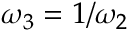
\omega _ { 3 } = 1 / \omega _ { 2 }